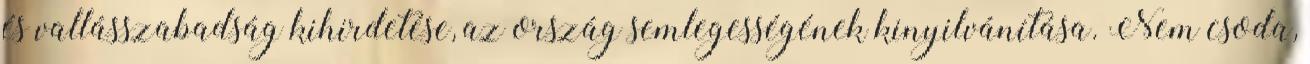
és vallásszabadság kihirdetése, az ország semlegességének kinyilvánítása. Nem csoda,